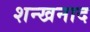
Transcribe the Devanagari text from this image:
शन्खनाद